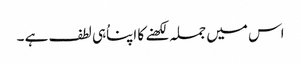
اس میں جملہ لکھنے کا اپناُہی لطف ہے ۔